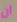
ان